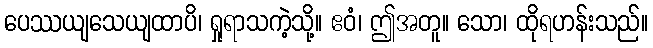
ပေဿယျသေယျထာပိ၊ ရှုရာသကဲ့သို့။ ဧဝံ၊ ဤအတူ။ သော၊ ထိုရဟန်းသည်။